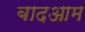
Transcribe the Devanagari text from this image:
बादआम